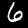
Digit: 6